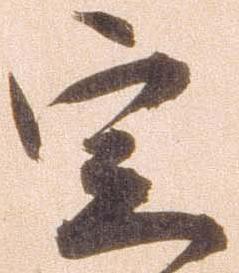
定